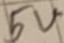
Text: 5V